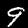
Digit: 9